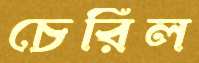
চেরিল